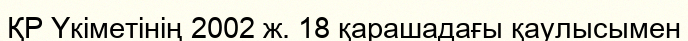
ҚР Үкіметінің 2002 ж. 18 қарашадағы қаулысымен